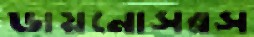
ডায়নোসরস